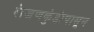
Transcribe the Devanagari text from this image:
रांजणकुंडांपासून